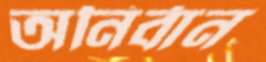
অনির্বান